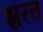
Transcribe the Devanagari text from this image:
झरत